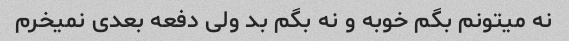
نه میتونم بگم خوبه و نه بگم بد ولی دفعه بعدی نمیخرم